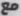
مع